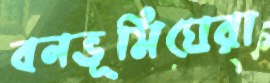
বনভূমিঘেরা